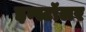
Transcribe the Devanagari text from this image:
इन्स्टॉलर